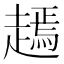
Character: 𧽞